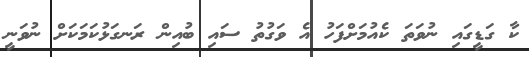
ކާ ގަޑީގައި ނުވަތަ ކެއުމަށްފަހު އެ ވަގުތު ސައި ބުއިން ރަނގަޅުކަމަކަށް ނުވަނީ